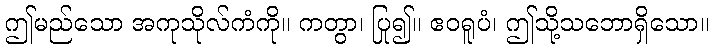
ဤမည်သော အကုသိုလ်ကံကို။ ကတွာ၊ ပြု၍။ ဧဝရူပံ၊ ဤသို့သဘောရှိသော။